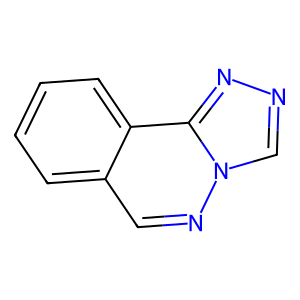
SMILES: c1ccc2c(c1)cnn1cnnc21
Inhibits HIV replication: No